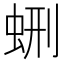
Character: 𧊞